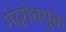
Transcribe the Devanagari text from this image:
मंदगंधयुक्त